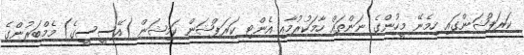
ކަރަޕްޝަންގައި ހިމެނޭ މީހުންގެ ނަންތައް ހާމަކުރުމާއި އެންޓި ކަރަޕްޝަން ކަމިޝަން (އޭސީސީގެ) މެމްބަރުންގެ